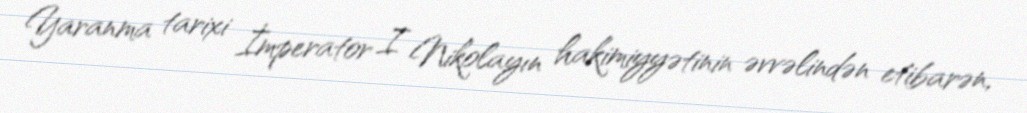
Yaranma tarixi İmperator I Nikolayın hakimiyyətinin əvvəlindən etibarən,